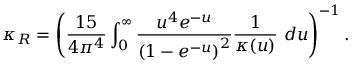
\kappa _ { R } = \left( \frac { 1 5 } { 4 \pi ^ { 4 } } \int _ { 0 } ^ { \infty } \frac { u ^ { 4 } e ^ { - u } } { \left( 1 - e ^ { - u } \right) ^ { 2 } } \frac { 1 } { \kappa ( u ) } ~ d u \right) ^ { - 1 } .